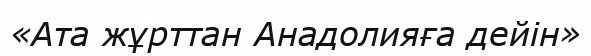
«Ата жұрттан Анадолияға дейін»